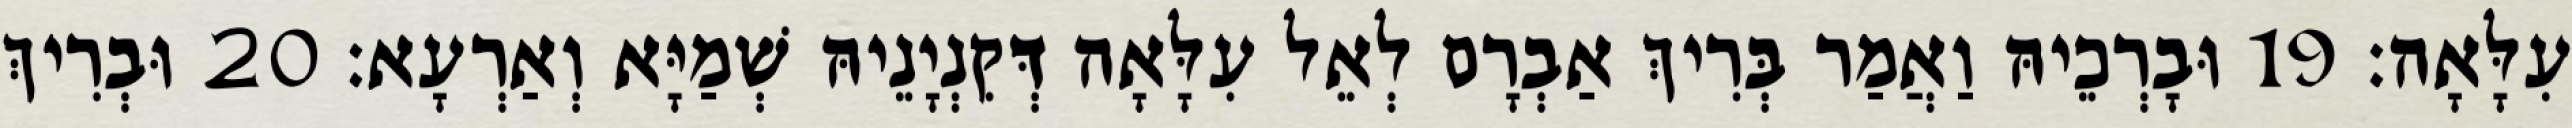
עִלָּאָה׃ 19 וּבָרְכֵיהּ וַאֲמַר בְּרִיךְ אַבְרָם לְאֵל עִלָּאָה דְּקִנְיָנֵיהּ שְׁמַיָּא וְאַרְעָא׃ 20 וּבְרִיךְ